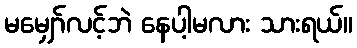
မမျှော်လင့်ဘဲ နေပါ့မလား သားရယ်။